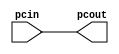

module PC(
    input[31:0]pcin, //Entrada que recibe la nueva direccion que debera leer en la memoria de intrucciones (priviene de PFF1 -> dir)
    output reg[31:0] pcout //Salida que dara la nueva direccion a leer (conectada a MemINS -> readAddress por medio de PFF1 -> PcOUT)
);

initial //Program counter, inciando desde 0 siempre la entrada es igual a su salida
    begin
        pcout=0;
    end
always @(*)
    begin
        pcout = pcin;
    end


endmodule